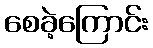
စေခဲ့ကြောင်း